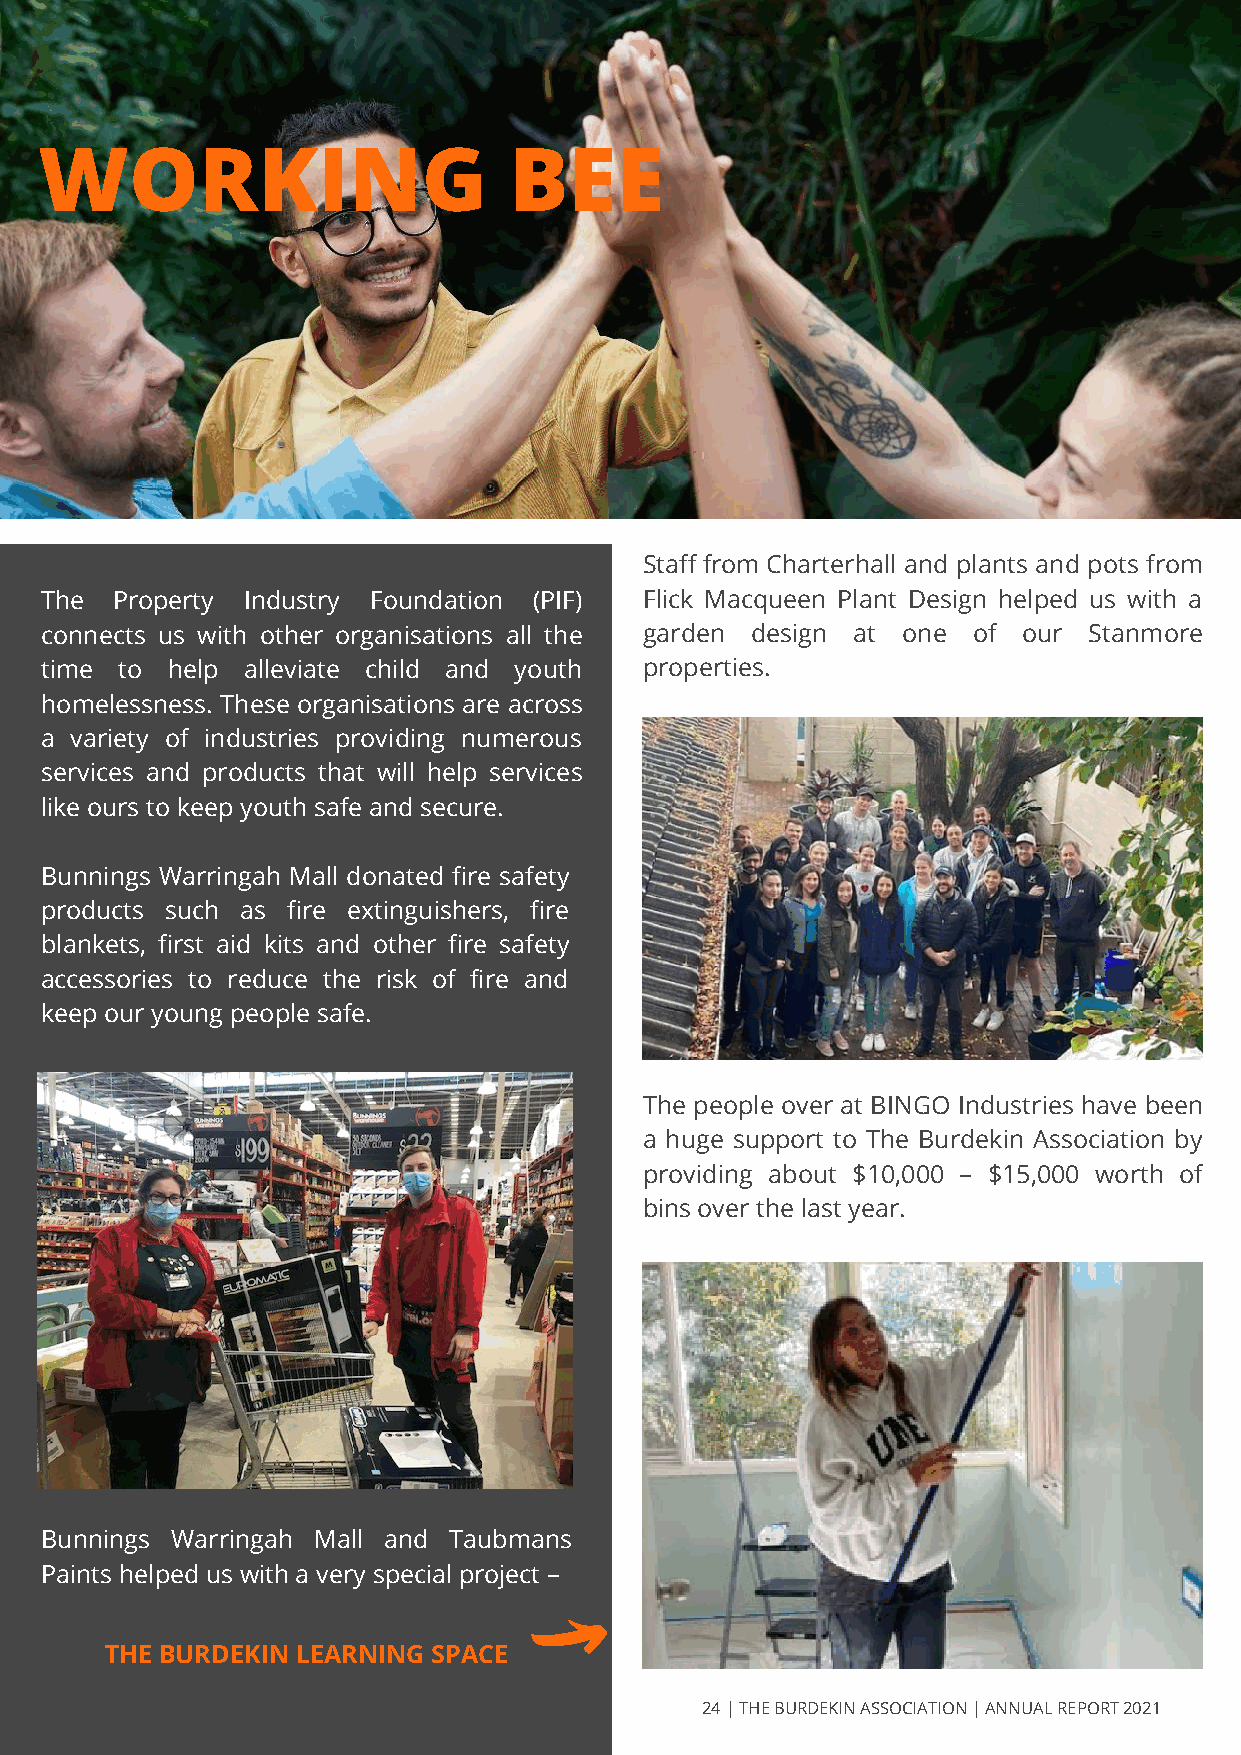
WORKING                        BEE
 Staff from Charterhall and plants and pots from
 The Property Industry Foundation (PIF)  Flick Macqueen Plant Design helped us with a
 connects us with other organisations all the garden design at one of our Stanmore
 time to help alleviate child and youth  properties.
 homelessness. These organisations are across
 a variety of industries providing numerous
 services and products that will help services
 like ours to keep youth safe and secure.
 Bunnings Warringah Mall donated fire safety
 products such as fire extinguishers, fire
 blankets, first aid kits and other fire safety
 accessories to reduce the risk of fire and
 keep our young people safe.
 The people over at BINGO Industries have been
 a huge support to The Burdekin Association by
 providing about $10,000 – $15,000 worth of
 bins over the last year.
 Bunnings Warringah Mall and Taubmans
 Paints helped us with a very special project –
 THE BURDEKIN LEARNING SPACE
 24 | THE BURDEKIN ASSOCIATION | ANNUAL REPORT 2021